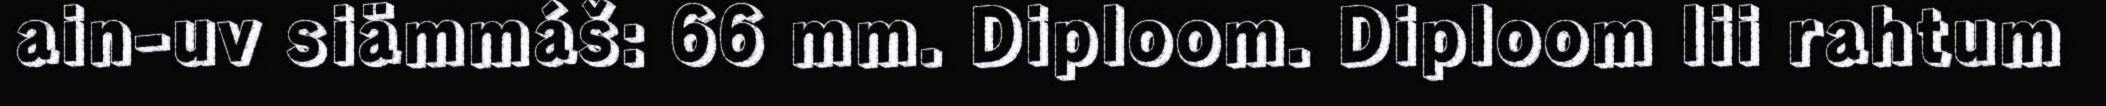
ain-uv siämmáš: 66 mm. Diploom. Diploom lii rahtum